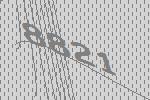
8821